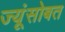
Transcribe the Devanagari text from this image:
ज्यूंसोबत